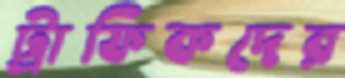
ট্রাফিকদের